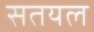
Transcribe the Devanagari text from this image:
सतयल